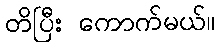
တိပြီး ကောက်မယ်။